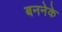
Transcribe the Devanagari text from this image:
बननेके